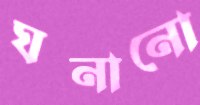
ঘনানো